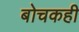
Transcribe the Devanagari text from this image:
बोचकही